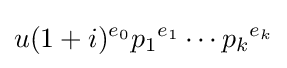
u(1+i)^{e_{0}}{p_{1}}^{e_{1}}\cdots {p_{k}}^{e_{k}}